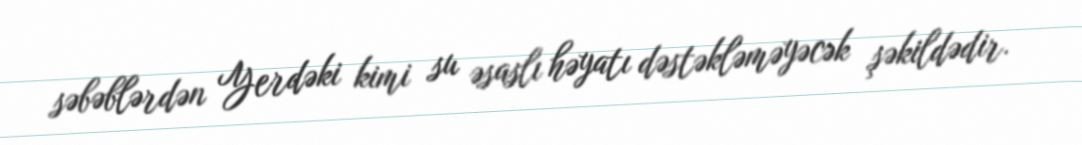
səbəblərdən Yerdəki kimi su əsaslı həyatı dəstəkləməyəcək şəkildədir.